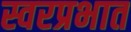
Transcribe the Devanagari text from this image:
स्वरप्रभात